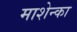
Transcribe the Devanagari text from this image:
माशेन्का